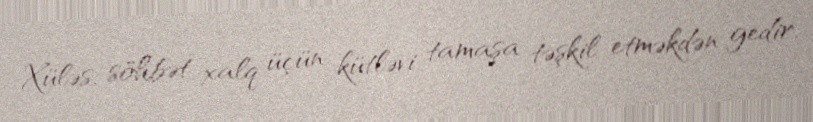
Xüləs, söhbət xalq üçün kütləvi tamaşa təşkil etməkdən gedir.